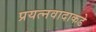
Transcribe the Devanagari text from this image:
प्रयत्‍नवादाकडे